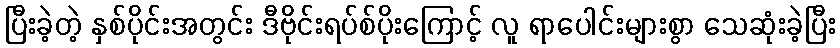
ပြီးခဲ့တဲ့ နှစ်ပိုင်းအတွင်း ဒီဗိုင်းရပ်စ်ပိုးကြောင့် လူ ရာပေါင်းများစွာ သေဆုံးခဲ့ပြီး